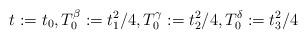
LaTeX: \begin{align*}t:=t_0, T_0^{\beta}:=t_1^2/4, T_0^{\gamma}:=t_2^2/4, T_0^{\delta}:=t_3^2/4 \end{align*}